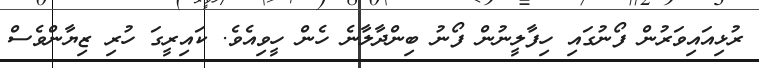
ރުޅިއައިވަރުން ފޯނުގައި ހިފާލީނުން ފޯނު ބިންދާލާނެ ހެން ހީވިއެވެ. ކައިރީގަ ހުރި ޒިޔާންވެސް